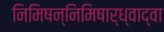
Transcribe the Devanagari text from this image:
निमिषन्निमिषार्ध्वाद्वा